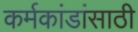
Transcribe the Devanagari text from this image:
कर्मकांडांसाठी